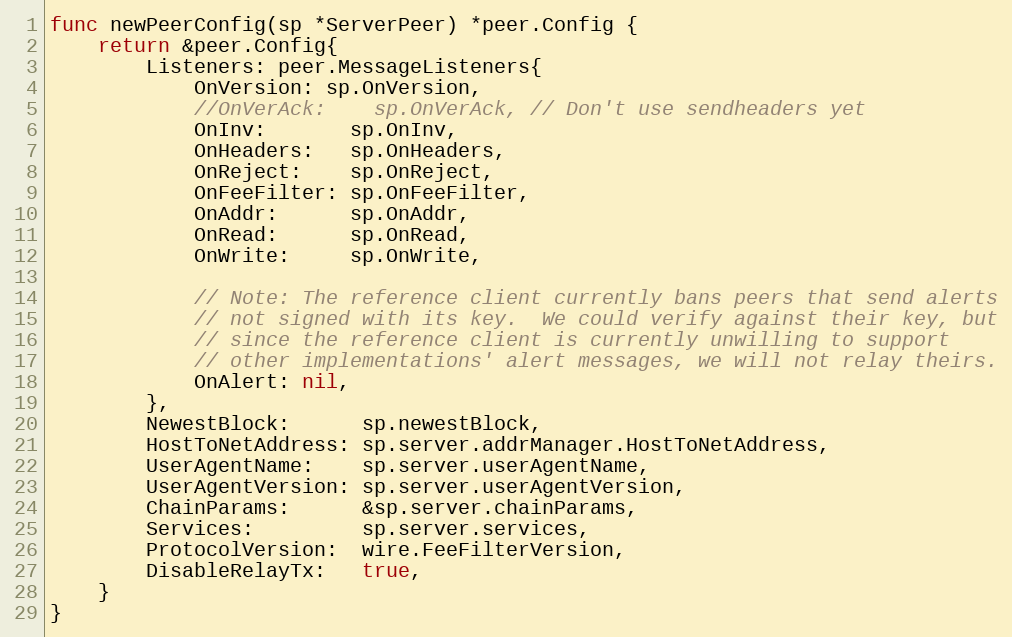
Language: Go
func newPeerConfig(sp *ServerPeer) *peer.Config {
	return &peer.Config{
		Listeners: peer.MessageListeners{
			OnVersion: sp.OnVersion,
			//OnVerAck:    sp.OnVerAck, // Don't use sendheaders yet
			OnInv:       sp.OnInv,
			OnHeaders:   sp.OnHeaders,
			OnReject:    sp.OnReject,
			OnFeeFilter: sp.OnFeeFilter,
			OnAddr:      sp.OnAddr,
			OnRead:      sp.OnRead,
			OnWrite:     sp.OnWrite,

			// Note: The reference client currently bans peers that send alerts
			// not signed with its key.  We could verify against their key, but
			// since the reference client is currently unwilling to support
			// other implementations' alert messages, we will not relay theirs.
			OnAlert: nil,
		},
		NewestBlock:      sp.newestBlock,
		HostToNetAddress: sp.server.addrManager.HostToNetAddress,
		UserAgentName:    sp.server.userAgentName,
		UserAgentVersion: sp.server.userAgentVersion,
		ChainParams:      &sp.server.chainParams,
		Services:         sp.server.services,
		ProtocolVersion:  wire.FeeFilterVersion,
		DisableRelayTx:   true,
	}
}